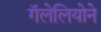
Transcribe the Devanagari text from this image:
गॅलेलियोने